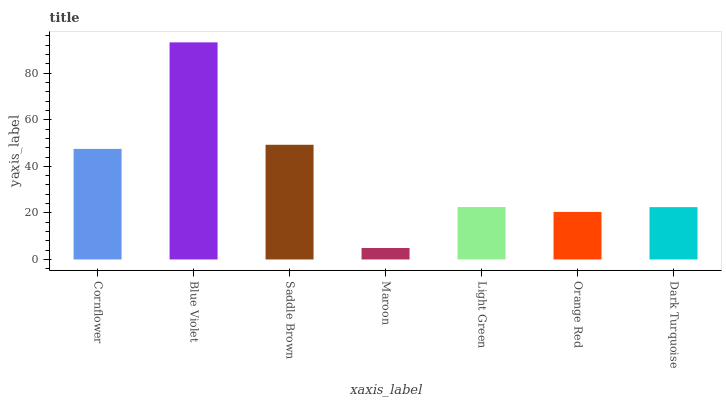
| xaxis_label | bars |
 | --- | --- |
 | Cornflower | 47.5 |
 | Blue Violet | 93.2 |
 | Saddle Brown | 49.3 |
 | Maroon | 4.92 |
 | Light Green | 22.5 |
 | Orange Red | 20.4 |
 | Dark Turquoise | 22.5 |